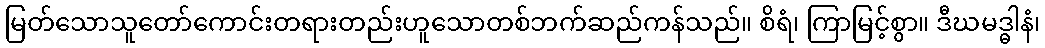
မြတ်သောသူတော်ကောင်းတရားတည်းဟူသောတစ်ဘက်ဆည်ကန်သည်။ စိရံ၊ ကြာမြင့်စွာ။ ဒီဃမဒ္ဓါနံ၊